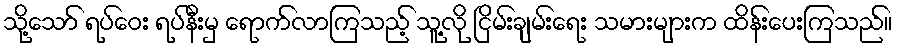
သို့သော် ရပ်ဝေး ရပ်နီးမှ ရောက်လာကြသည့် သူ့လို ငြိမ်းချမ်းရေး သမားများက ထိန်းပေးကြသည်။